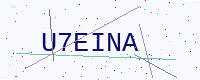
Text: U7EINA